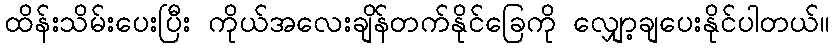
ထိန်းသိမ်းပေးပြီး ကိုယ်အလေးချိန်တက်နိုင်ခြေကို လျှော့ချပေးနိုင်ပါတယ်။